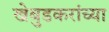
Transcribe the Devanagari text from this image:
खेबुडकरांच्या